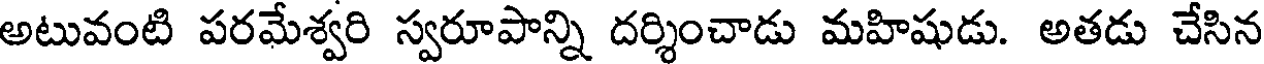
అటువంటి పరమేశ్వరి స్వరూపాన్ని దర్శించాడు మహిషుడు. అతడు చేసిన